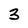
Character: 3